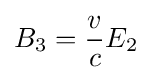
B_{3}={\frac {v}{c}}E_{2}